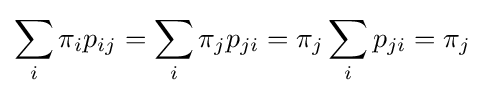
\sum _{i}\pi _{i}p_{ij}=\sum _{i}\pi _{j}p_{ji}=\pi _{j}\sum _{i}p_{ji}=\pi _{j}